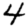
Digit: 4